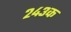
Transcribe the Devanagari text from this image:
२४३क